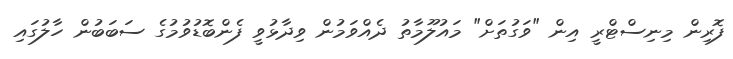
ފޮރިން މިނިސްޓްރީ އިން "ވަގުތަށް" މައުލޫމާތު ދެއްވަމުން ވިދާޅުވީ ފެންބޮޑުވުމުގެ ސަބަބުން ހާލުގައި